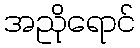
အညိုရောင်